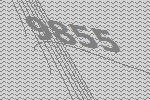
9855